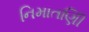
નિમાતણિી